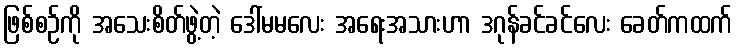
ဖြစ်စဉ်ကို အသေးစိတ်ဖွဲ့တဲ့ ဒေါ်မမလေး အရေးအသားဟာ ဒဂုန်ခင်ခင်လေး ခေတ်ကထက်